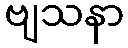
ဗျသနာ